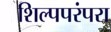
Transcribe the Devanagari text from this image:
शिल्पपरंपरा